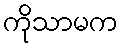
ကိုသာမက